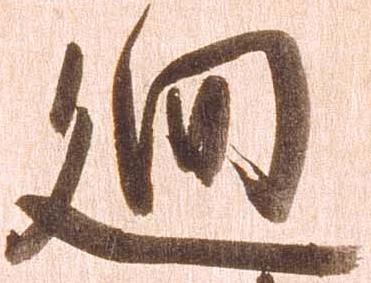
廻